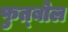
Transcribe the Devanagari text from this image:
फुत्बोल